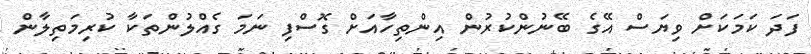
ފަދަ ކަމަކަށް ވިޔަސް އޭގެ ބޭނުންކުރުން އިންތިހާއަށް ގޮސްފި ނަމަ ގެއްލުންތަކާ ކުރިމަތިލާން